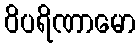
ဝိပရိဏာမော